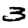
Digit: 3